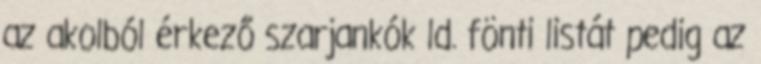
az akolból érkező szarjankók ld. fönti listát pedig az